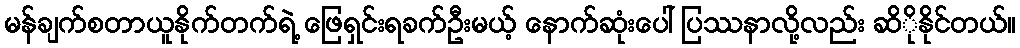
မန်ချက်စတာယူနိုက်တက်ရဲ့ ဖြေရှင်းရခက်ဦးမယ့် နောက်ဆုံးပေါ် ပြဿနာလို့လည်း ဆိိုနိုင်တယ်။